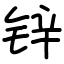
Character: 锌